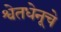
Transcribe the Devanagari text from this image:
श्वेतधेनूचे